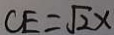
C E = \sqrt { 2 } x